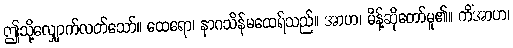
ဤသို့လျှောက်လတ်သော်။ ထေရော၊ နာဂသိန်မထေရ်သည်။ အာဟ၊ မိန့်ဆိုတော်မူ၏။ ကိံအာဟ၊